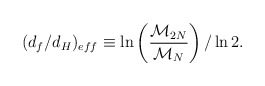
\begin{align*}(d_f/d_H)_{eff} \equiv\ln\left({\frac{{\cal{M}}_{2N}}{{\cal{M}}_{N}}}\right)/\ln 2.\end{align*}